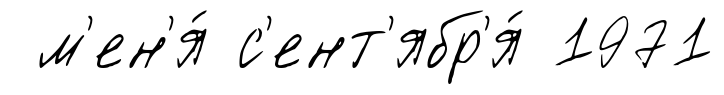
м'ен'я́ с'ент'ябр'я́ 1971